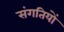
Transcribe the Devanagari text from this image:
संगतियों